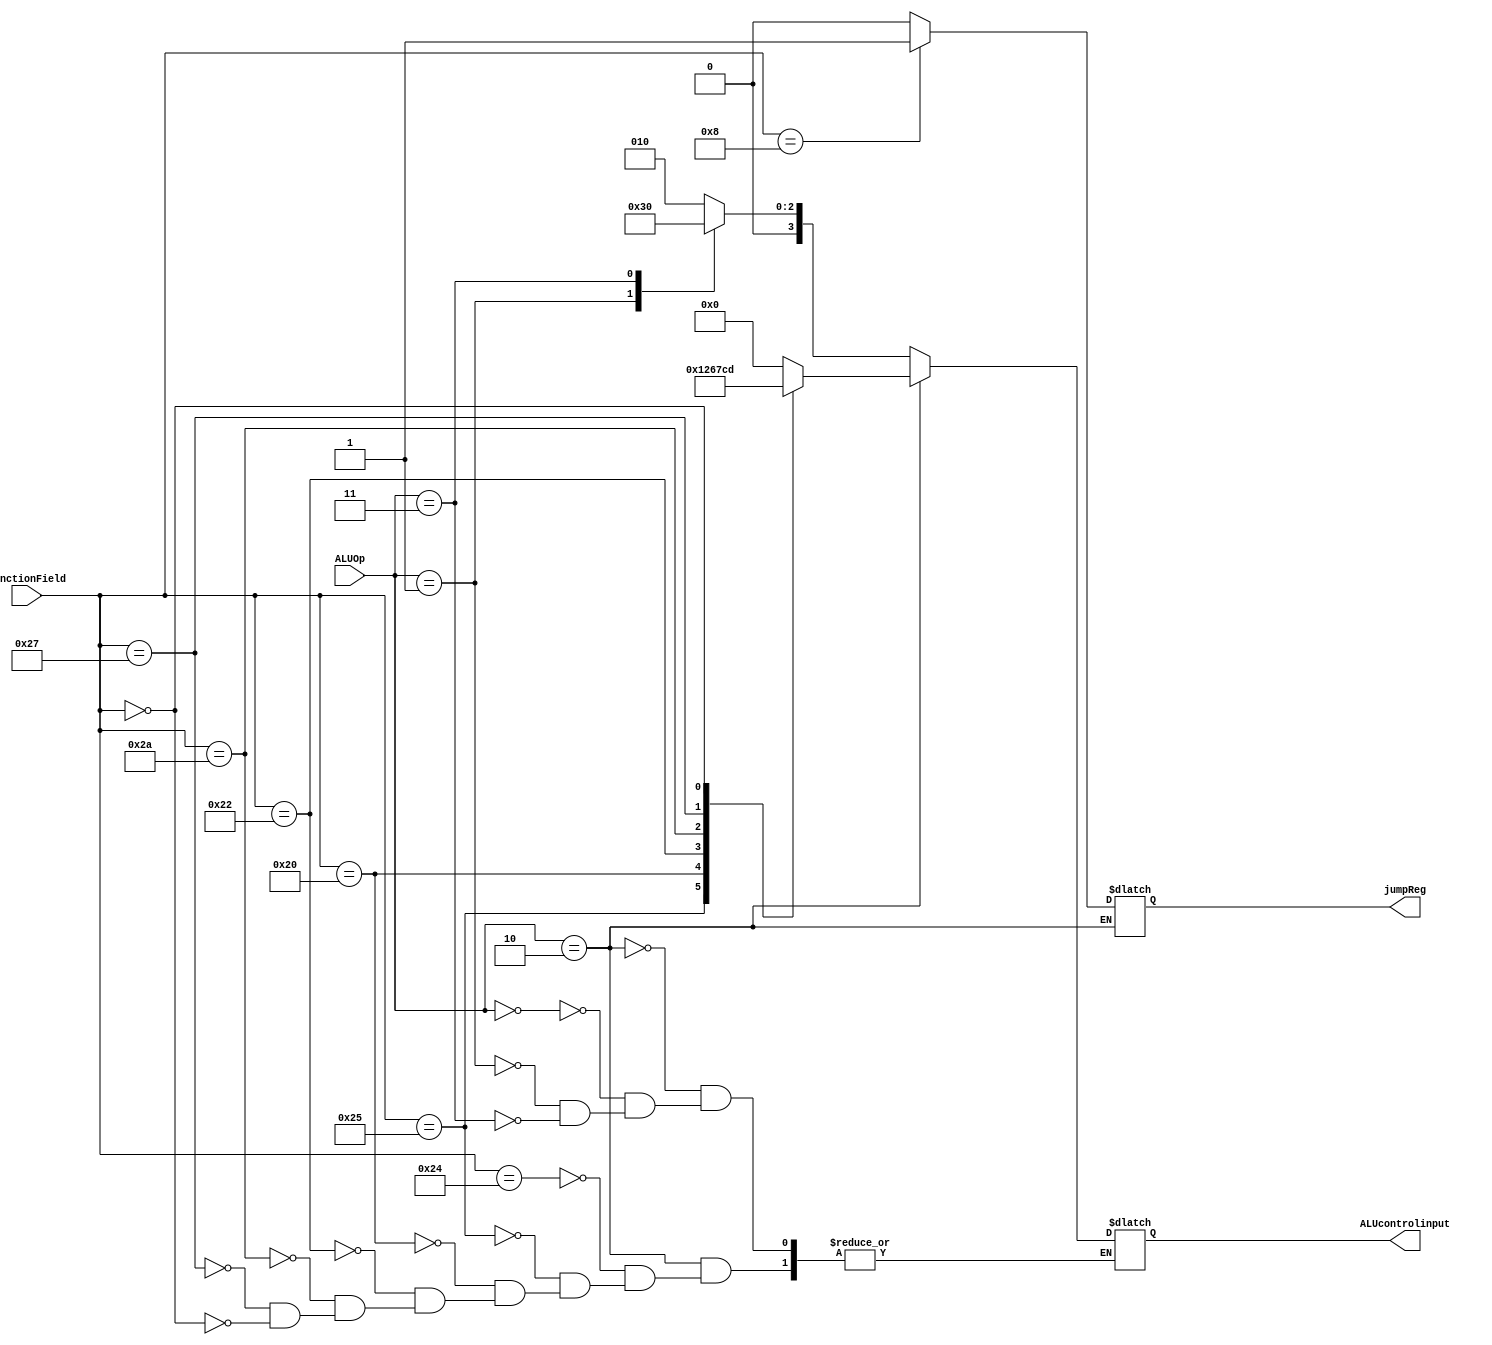
  module ALUControlUnit (ALUcontrolinput,jumpReg,ALUOp,FunctionField);
input [1:0] ALUOp;
input [5:0] FunctionField;            
output [3:0] ALUcontrolinput;
output jumpReg ;
reg jumpReg ;
reg [3:0] ALUcontrolinput;
always @ (ALUOp,FunctionField) begin
    if ( ALUOp == 2)  begin 
	    case ( FunctionField )
		      36: ALUcontrolinput <= 0;  // and
			  37: ALUcontrolinput <= 1;  // or
			  32: ALUcontrolinput <= 2;  // add
			  34: ALUcontrolinput <= 6;  // subtract
			  42: ALUcontrolinput <= 7;  // slt
			  39: ALUcontrolinput <= 12;  // nor
			  0 : ALUcontrolinput <= 13 ; // sll 
			  
	    endcase	  
		if(FunctionField==8) jumpReg<= 1;
		else jumpReg<=0 ;
			end 
	else
	    case ( ALUOp )
		    0: ALUcontrolinput <=2;
			1: ALUcontrolinput <=6;
			3: ALUcontrolinput <=0;
		endcase	
 end			  
endmodule